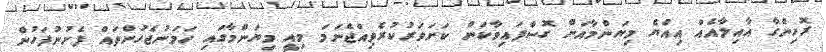
ރޮހިންގާ އާއިލާއެއް އިއްޔެ މިޔަންމާއަށް ގޮސްފައިވާކަން ކަށަވަރުކުރެވިއްޖެނަމަ މިއީ މިޔަންމާގައި ހަމަނުޖެހުންތައް ފެށުނުފަހުން